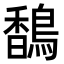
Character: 𬳥